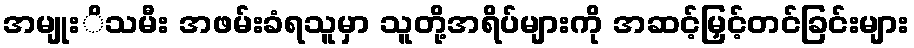
အမျုးိသမီး အဖမ်းခံရသူမှာ သူတို့အရိပ်များကို အဆင့်မြှင့်တင်ခြင်းများ